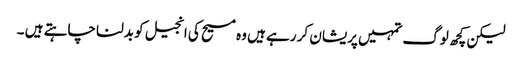
لیکن کچھ لوگ تمہیں پریشان کر رہے ہیں وہ مسیح کی انجیل کو بدلنا چاہتے ہیں ۔